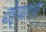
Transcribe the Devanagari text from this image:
दोऱ्याला